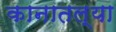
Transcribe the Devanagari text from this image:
कानातल्या